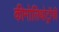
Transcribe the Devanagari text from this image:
कीमोलिथोट्रॉफी